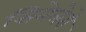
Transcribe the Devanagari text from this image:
सिनेलेरो